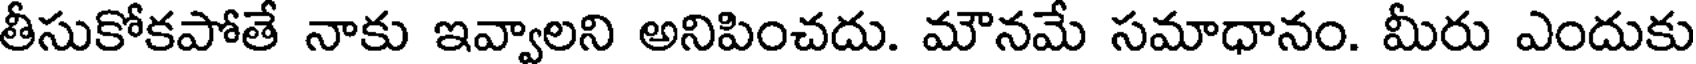
తీసుకోకపోతే నాకు ఇవ్వాలని అనిపించదు. మౌనమే సమాధానం. మీరు ఎందుకు